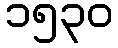
၁၅၃၀